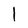
Character: l